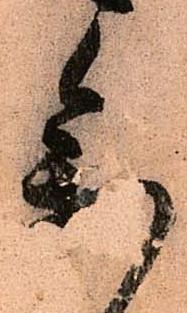
参